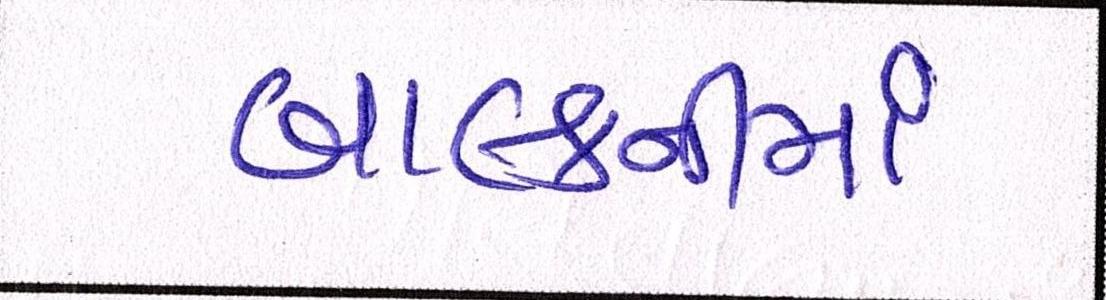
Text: બાલ્કનીમાં